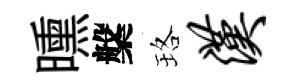
曛槃珞汉